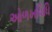
ઓળખવિધિ